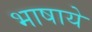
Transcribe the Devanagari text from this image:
भाषाये